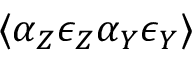
\langle \alpha _ { Z } \epsilon _ { Z } \alpha _ { Y } \epsilon _ { Y } \rangle